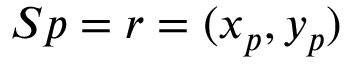
\boldsymbol { S p } = \boldsymbol r = ( x _ { p } , y _ { p } )